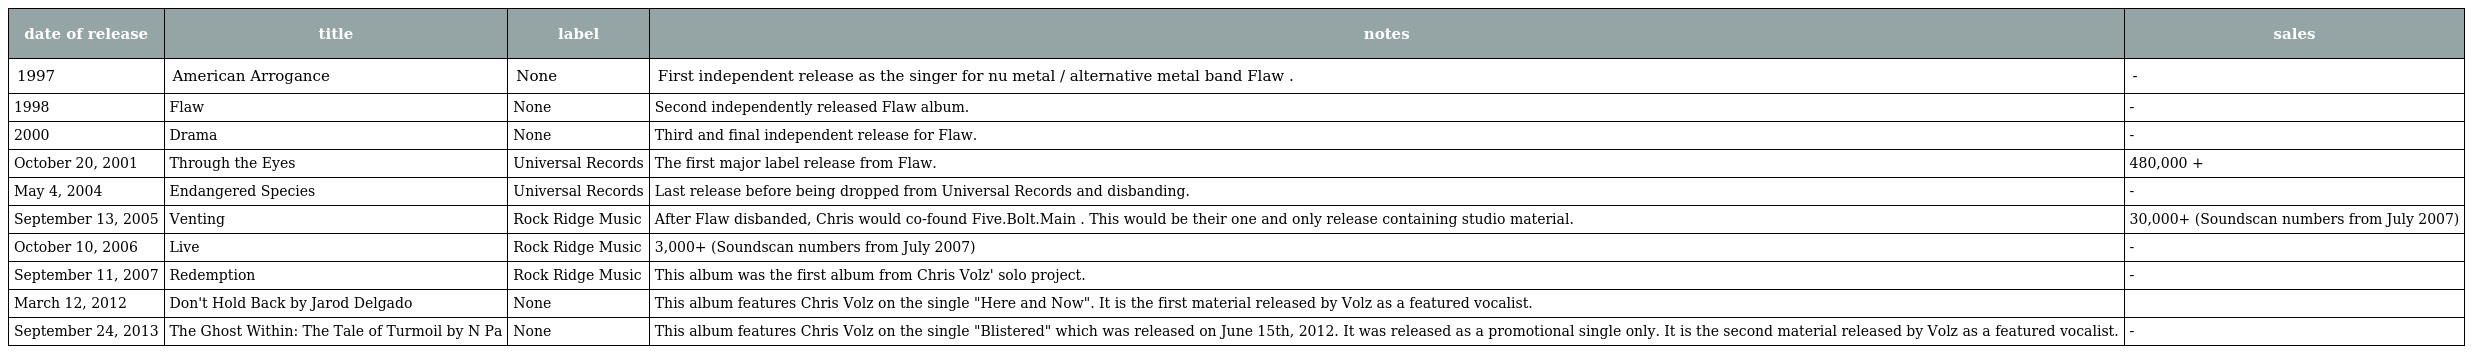
| date of release | title | label | notes | sales |
 | --- | --- | --- | --- | --- |
 | 1997 | American Arrogance | None | First independent release as the singer for nu metal / alternative metal band Flaw . | - |
 | 1998 | Flaw | None | Second independently released Flaw album. | - |
 | 2000 | Drama | None | Third and final independent release for Flaw. | - |
 | October 20, 2001 | Through the Eyes | Universal Records | The first major label release from Flaw. | 480,000 + |
 | May 4, 2004 | Endangered Species | Universal Records | Last release before being dropped from Universal Records and disbanding. | - |
 | September 13, 2005 | Venting | Rock Ridge Music | After Flaw disbanded, Chris would co-found Five.Bolt.Main . This would be their one and only release containing studio material. | 30,000+ (Soundscan numbers from July 2007) |
 | October 10, 2006 | Live | Rock Ridge Music | 3,000+ (Soundscan numbers from July 2007) | - |
 | September 11, 2007 | Redemption | Rock Ridge Music | This album was the first album from Chris Volz' solo project. | - |
 | March 12, 2012 | Don't Hold Back by Jarod Delgado | None | This album features Chris Volz on the single "Here and Now". It is the first material released by Volz as a featured vocalist. |  |
 | September 24, 2013 | The Ghost Within: The Tale of Turmoil by N Pa | None | This album features Chris Volz on the single "Blistered" which was released on June 15th, 2012. It was released as a promotional single only. It is the second material released by Volz as a featured vocalist. | - |